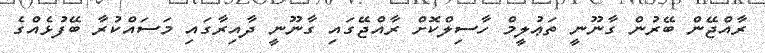
ރާއްޖޭން ބޭރުން ގާނޫނީ ތަޢުލީމް ހާސިލްކޮށް ރާއްޖޭގައި ގާނޫނީ ދާއިރާގައި މަސައްކުރާ ބޭފުޅެއްގެ